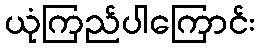
ယုံကြည်ပါကြောင်း